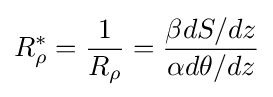
R_{\rho }^{*}={\frac {1}{R_{\rho }}}={\frac {\beta dS/dz}{\alpha d\theta /dz}}